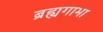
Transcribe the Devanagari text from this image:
ब्रह्यगाभा